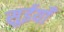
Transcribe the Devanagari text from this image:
सुईयाँ